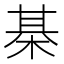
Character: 棊